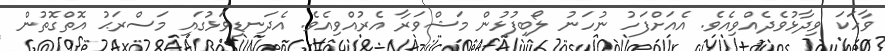
ވާހަކަ ވިދާޅުވެދެއްވިއެވެ. އެއަށްފަހު ނުހަނު ލޯބިފުޅުން މަޝްވަރާ އެރުއްވިއެވެ. އެދަނޑިވަޅުގައި މަސްރަޙު އޮތްގޮތުން